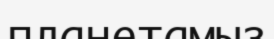
планетамыз